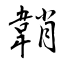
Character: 韒